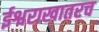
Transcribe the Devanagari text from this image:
ईश्वराखातरच